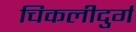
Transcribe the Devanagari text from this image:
चिकलीदुर्ग